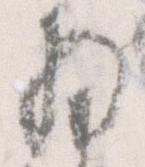
将